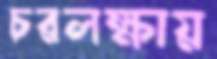
চরলক্ষায়